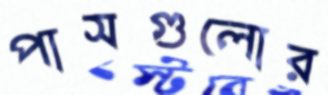
পাসগুলোর